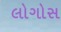
લોગોસ